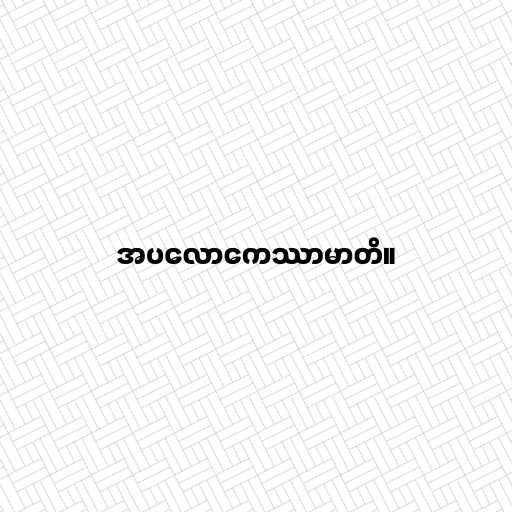
အပလောကေဿာမာတိ။